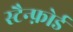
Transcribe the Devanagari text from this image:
स्टैन्फ़ोर्ड